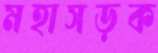
মহাসড়ক